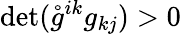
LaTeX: \operatorname*{det}(\mathring{g}^{ik}g_{kj})>0